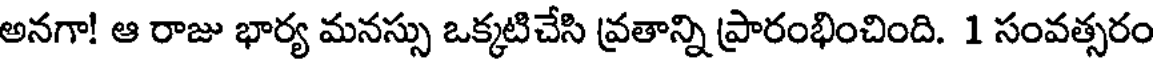
అనగా! ఆ రాజు భార్య మనస్సు ఒక్కటిచేసి వ్రతాన్ని ప్రారంభించింది. 1 సంవత్సరం